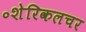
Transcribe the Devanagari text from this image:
॰शेरिकलचर